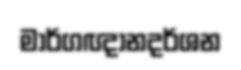
මාර්ගඥානදර්ශන